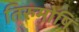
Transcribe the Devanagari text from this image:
तिरुमोषि